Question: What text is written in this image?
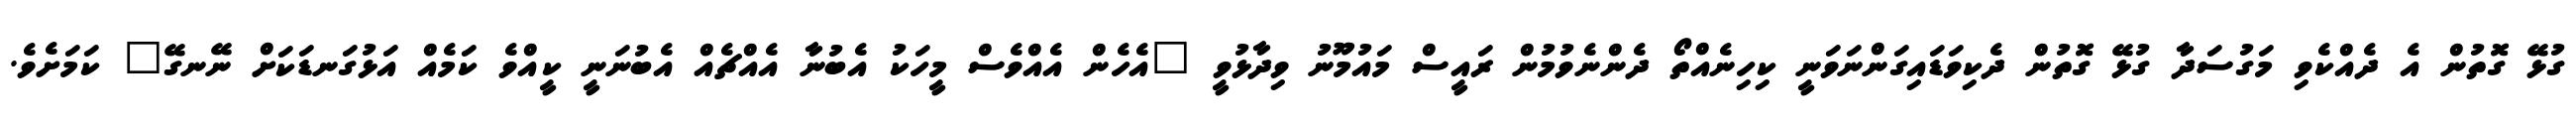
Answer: ގުޅޭ ގޮތުން އެ ދެއްކެވި މަގުސަދާ ގުޅޭ ގޮތުން ދެކިވަޑައިގަންނަވަނީ ކިހިނެއްތޯ ދެންނެވުމުން ރައީސް މައުމޫނު ވިދާޅުވީ "އެހެން އެއްވެސް މީހަކު އެބުނާ އެއްޗެއް އެބުނަނީ ކީއްވެ ކަމެއް އަޅުގަނޑަކަށް ނޭނގޭ" ކަމަށެވެ.